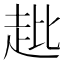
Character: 𧺲